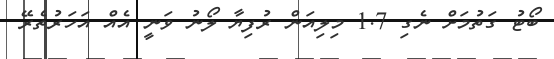
ބޯޓު ގަތުމަށް ނެގި 1.7 މިލިއަން ރުފިޔާ ލޯނު ވަނީ އެއް އަހަރުތެރޭ